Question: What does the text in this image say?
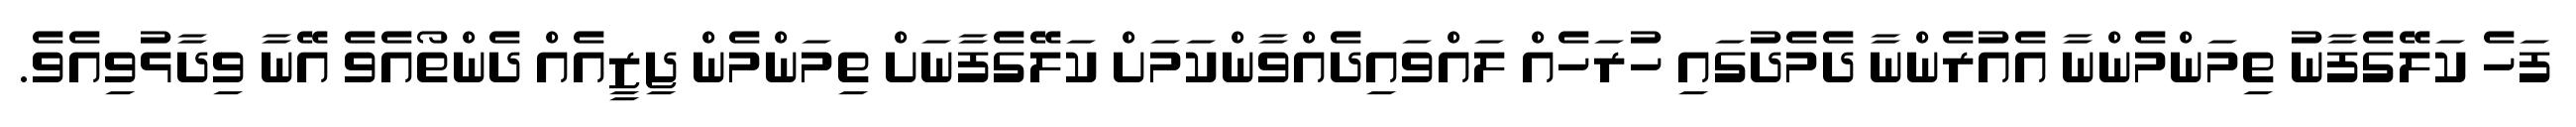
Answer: ފަހެ ކަލޭގެފާނު ތިމަންމެންނާ އެއުރެންނާ ދެމެދުގައި ހުރަހެއް ލައްވައިދެއްވާންކަމަށް ކަލޭގެފާނަށް ތިމަންމެން ޖިޒީއެއް ދެންތޯއެވެ އޭނާ ވިދާޅުވިއެވެ.